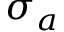
\sigma _ { a }